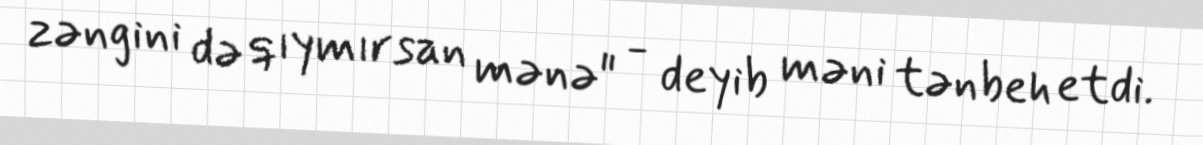
zəngini də qıymırsan mənə" - deyib məni tənbeh etdi.